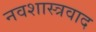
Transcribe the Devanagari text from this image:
नवशास्त्रवाद